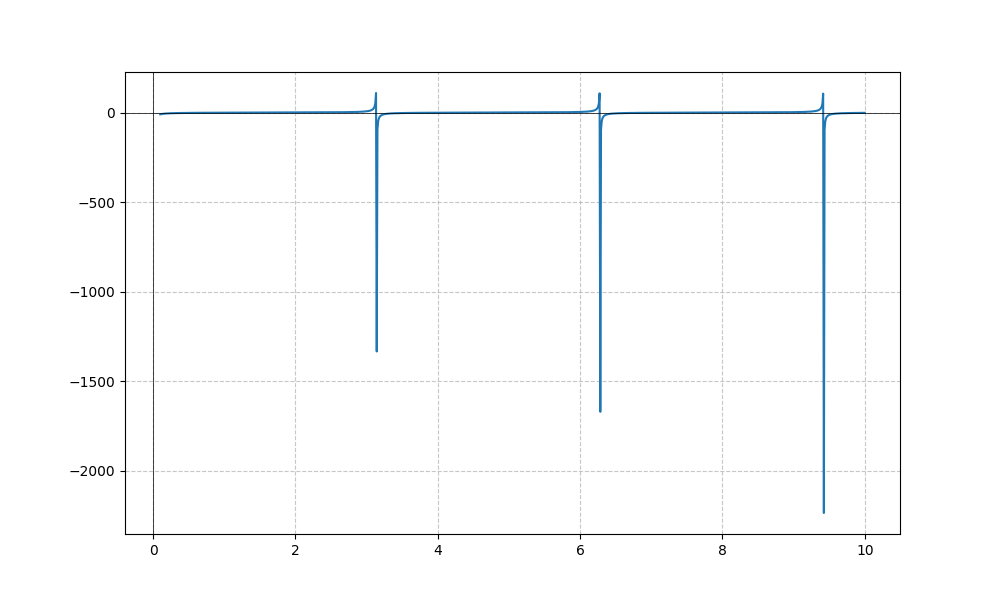
LaTeX formula: - \cot{\left(x \right)}